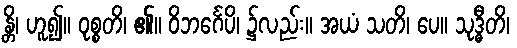
န္တိ၊ ဟူ၍။ ဝုစ္စတိ၊ ၏။ ဝိဘင်္ဂေပိ၊ ၌လည်း။ အယံ သတိ၊ ပေ။ သုဒ္ဓီတိ၊